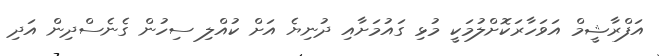
އަފްރާޝީމް އަވަހާރަކޮށްލުމަކީ މުޅި ގައުމަށާއި ދުނިޔެ އަށް ކުއްލި ސިހުން ގެނެސްދިން އަދި